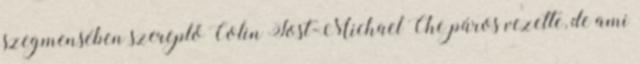
szegmensében szereplő Colin Jost-Michael Che páros vezette, de ami